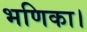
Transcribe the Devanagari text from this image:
भणिका।